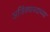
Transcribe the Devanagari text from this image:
अजिंक्यपदाच्या